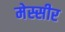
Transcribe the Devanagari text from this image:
मेस्सीर